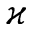
\varkappa